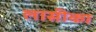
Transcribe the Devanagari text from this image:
लासीका